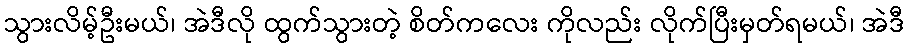
သွားလိမ့်ဦးမယ်၊ အဲဒီလို ထွက်သွားတဲ့ စိတ်ကလေး ကိုလည်း လိုက်ပြီးမှတ်ရမယ်၊ အဲဒီ